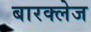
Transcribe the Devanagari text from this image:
बारक्लेज